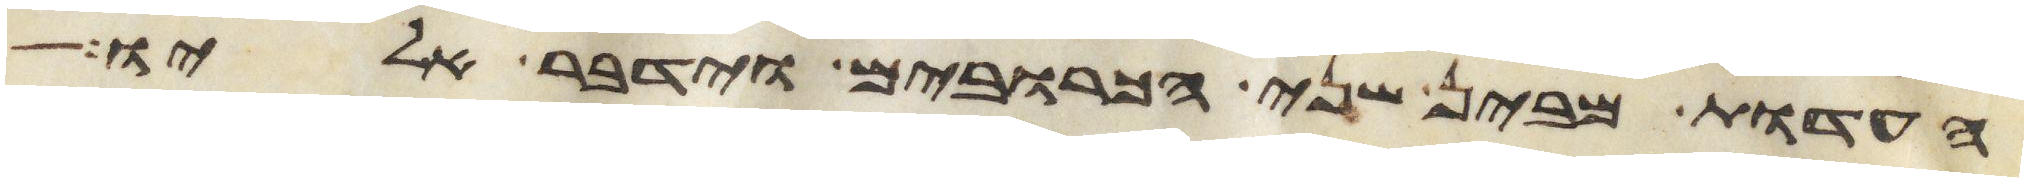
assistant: העדות מבין שני הכרובים וידבר אליו